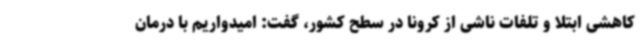
کاهشی ابتلا و تلفات ناشی از کرونا در سطح کشور، گفت: امیدواریم با درمان